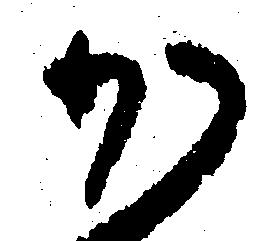
か